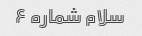
سلام شماره ۶